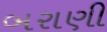
બરાણી